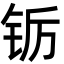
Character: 䥿